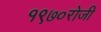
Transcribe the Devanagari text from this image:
१९७०रोजी